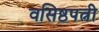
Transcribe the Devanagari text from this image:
वसिष्ठपत्नी